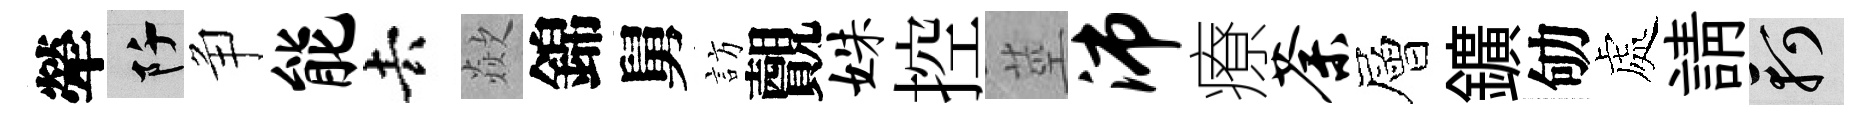
犖阡争能去歘錦舅訪覿姝控莖沛療荼層鑛劬處請軻